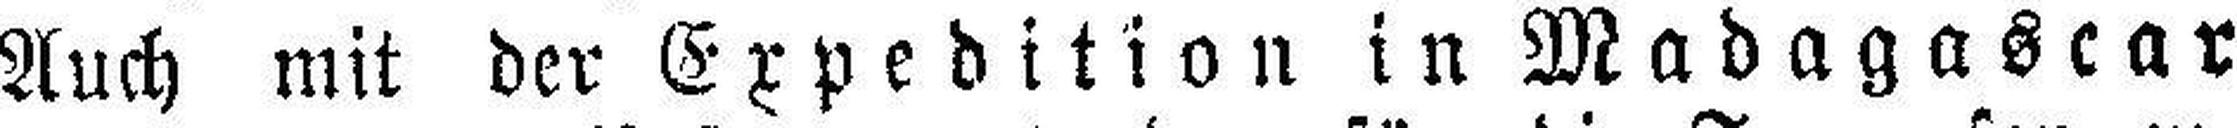
Auch mit der Expedition in Madagascar